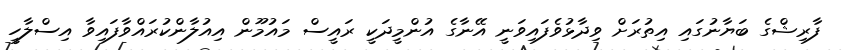
ފާރިޝްގެ ބަޔާނުގައި އިތުރަށް ވިދާޅުވެފައިވަނީ އޭނާގެ އުންމީދަކީ ރައީސް މައުމޫން އިއުލާންކުރައްވާފައިވާ އިސްލާހީ